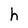
Character: h